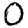
Digit: 0